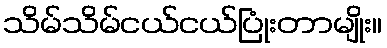
သိမ်သိမ်ငယ်ငယ်ပြုံးတာမျိုး။